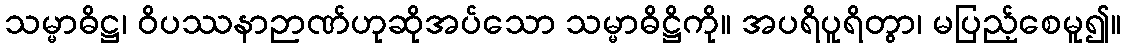
သမ္မာဓိဋ္ဌ၊ ဝိပဿနာဉာဏ်ဟုဆိုအပ်သော သမ္မာဓိဋ္ဌိကို။ အပရိပူရိတွာ၊ မပြည့်စေမူ၍။